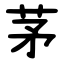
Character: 茅